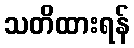
သတိထားရန်